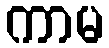
ကာမ